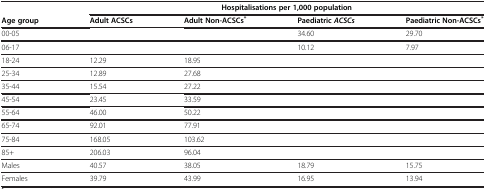
|  | <COLSPAN=4> Hospitalisations per 1,000 population |
 | Age group | Adult ACSCs | Adult Non-ACSCs* | PaediatricACSCs | Paediatric Non-ACSCs* |
 | --- | --- | --- | --- | --- |
 | 00-05 |  |  | 34.60 | 29.70 |
 | 06-17 |  |  | 10.12 | 7.97 |
 | 18-24 | 12.29 | 18.95 |  |  |
 | 25-34 | 12.89 | 27.68 |  |  |
 | 35-44 | 15.54 | 27.22 |  |  |
 | 45-54 | 23.45 | 33.59 |  |  |
 | 55-64 | 46.00 | 50.22 |  |  |
 | 65-74 | 92.01 | 77.91 |  |  |
 | 75-84 | 168.05 | 103.62 |  |  |
 | 85+ | 206.03 | 96.04 |  |  |
 | Males | 40.57 | 38.05 | 18.79 | 15.75 |
 | Females | 39.79 | 43.99 | 16.95 | 13.94 |